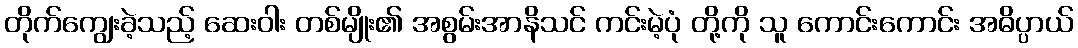
တိုက်ကျွေးခဲ့သည့် ဆေးဝါး တစ်မျိုး၏ အစွမ်းအာနိသင် ကင်းမဲ့ပုံ တို့ကို သူ ကောင်းကောင်း အဓိပ္ပာယ်